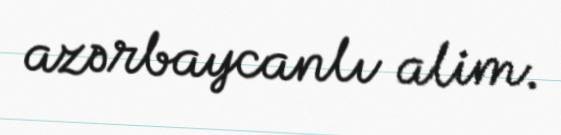
azərbaycanlı alim.